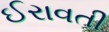
ઈરાવતી